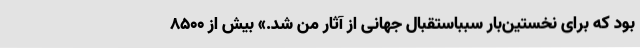
بود که برای نخستین‌بار سبباستقبال جهانی از آثار من شد.» بیش از 8500